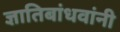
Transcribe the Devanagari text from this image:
ज्ञातिबांधवांनी